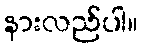
နားလည်ပါ။